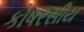
કોષરસીય